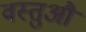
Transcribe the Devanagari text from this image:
वस्तुऔं